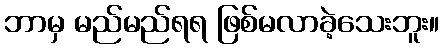
ဘာမှ မည်မည်ရရ ဖြစ်မလာခဲ့သေးဘူး။